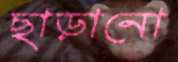
ছাড়ানো